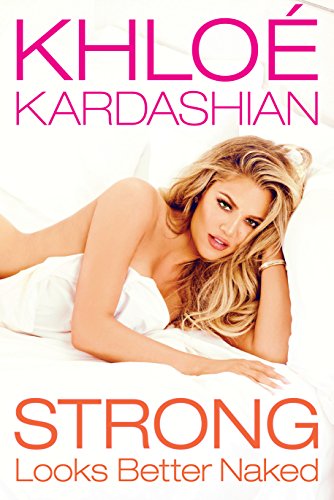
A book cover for Strong Looks Better Naked; KhloÃ© Kardashian; Self-Help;